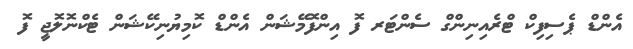
އެންޑް ޕެސިފިކް ޓްރެއިނިންގް ސެންޓަރ ފޮ އިންފޮމޭޝަން އެންޑް ކޮމިޔުނިކޭޝަން ޓެކްނޮލޮޖީ ފޮ